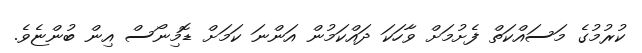
ކުރުމުގެ މަސައްކަތް ފެށުމަށް ވާހަކަ ދައްކަމުން އަންނަ ކަމަށް ޑޮމިނޯސް އިން ބުންޏެވެ.